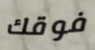
فوقك